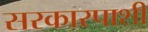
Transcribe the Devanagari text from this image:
सरकारपाशी